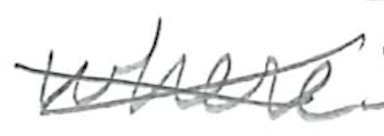
Text: where
Cross-out: cross
Writing tool: pencil